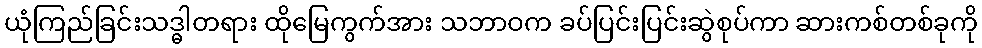
ယုံကြည်ခြင်းသဒ္ဓါတရား ထိုမြေကွက်အား သဘာဝက ခပ်ပြင်းပြင်းဆွဲစုပ်ကာ ဆားကစ်တစ်ခုကို